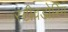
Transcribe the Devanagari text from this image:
स्टीवडोरिंग